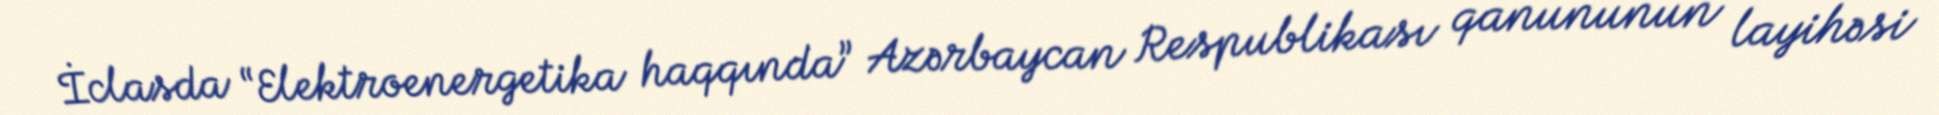
İclasda “Elektroenergetika haqqında” Azərbaycan Respublikası qanununun layihəsi